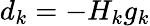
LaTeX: d_{k}=-H_{k}g_{k}